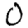
Digit: 0